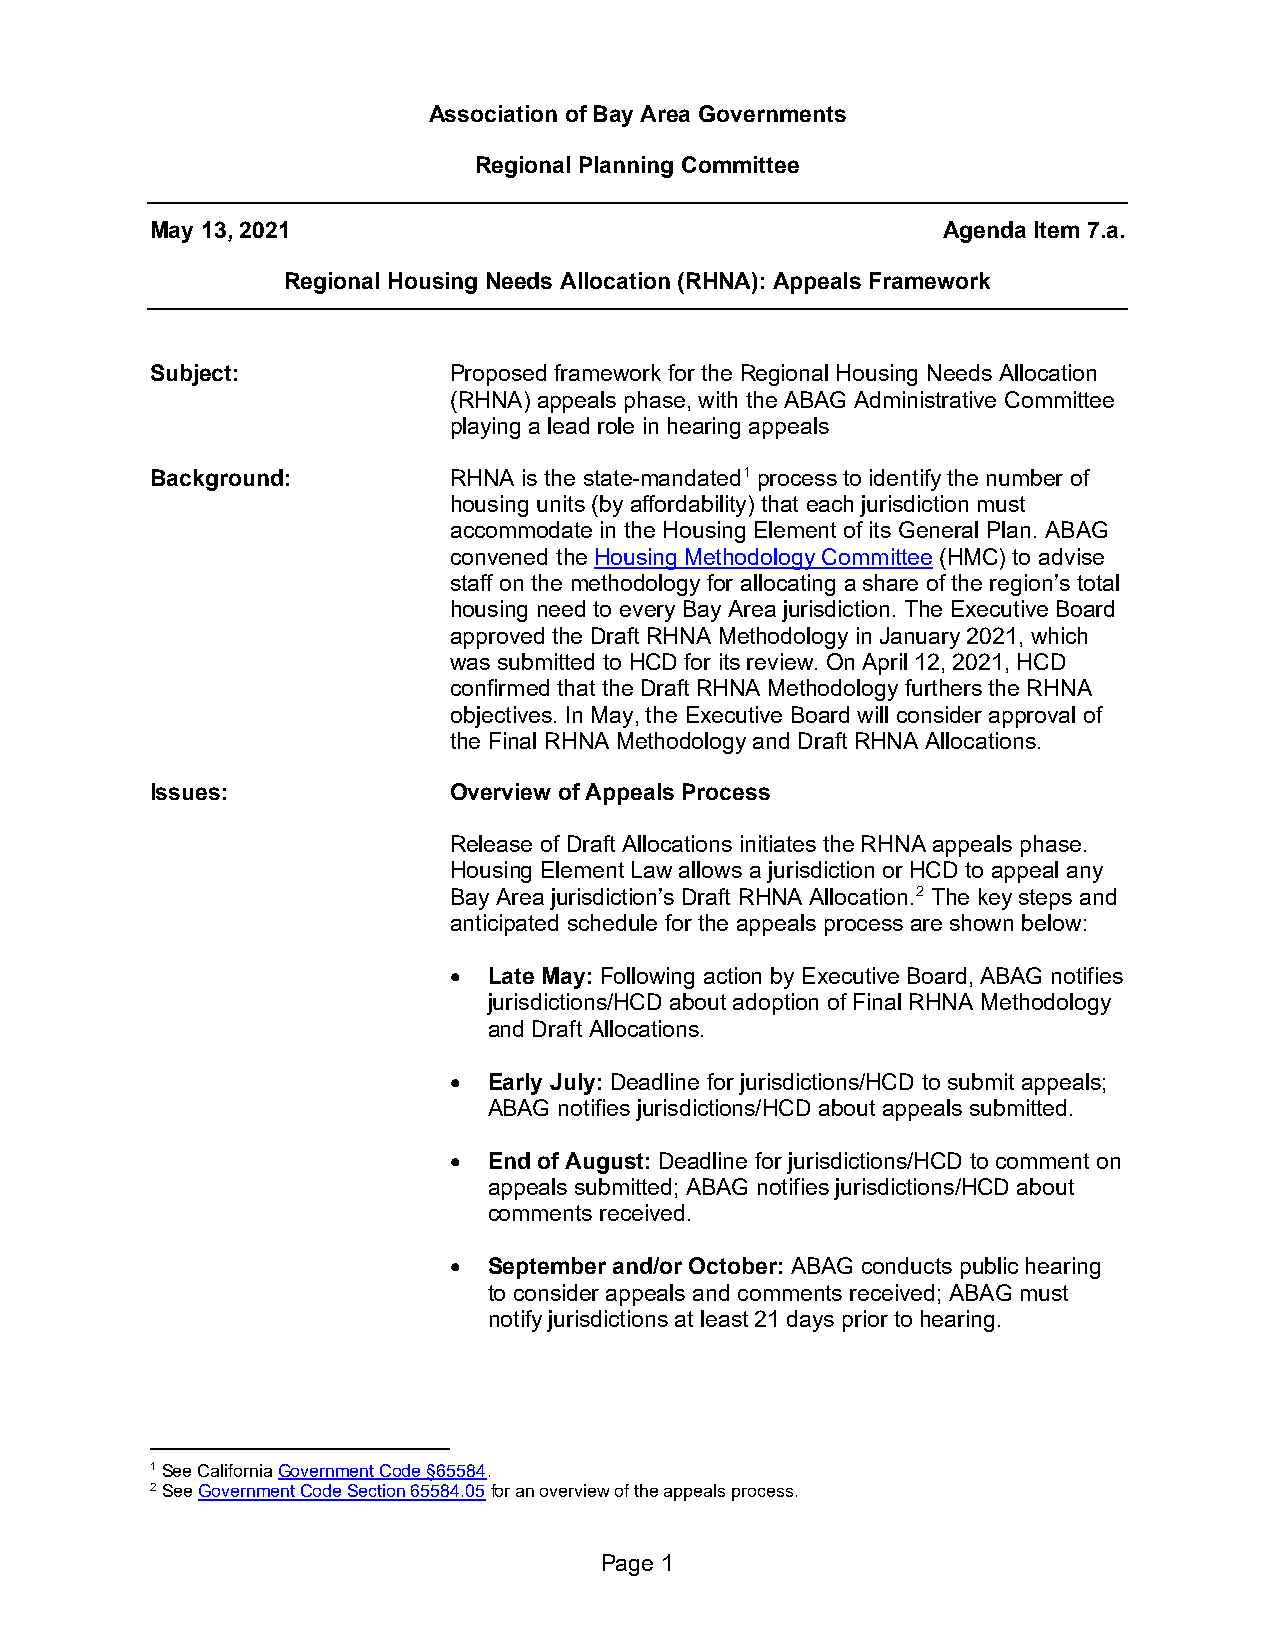
Association of Bay Area Governments
 Regional Planning Committee
 May 13, 2021                                        Agenda Item 7.a.
 Regional Housing Needs Allocation (RHNA): Appeals Framework
 Subject:            Proposed framework for the Regional Housing Needs Allocation
 (RHNA) appeals phase, with the ABAG Administrative Committee
 playing a lead role in hearing appeals
 Background:         RHNA is the state-mandated1 process to identify the number of
 housing units (by affordability) that each jurisdiction must
 accommodate in the Housing Element of its General Plan. ABAG
 convened the Housing Methodology Committee (HMC) to advise
 staff on the methodology for allocating a share of the region’s total
 housing need to every Bay Area jurisdiction. The Executive Board
 approved the Draft RHNA Methodology in January 2021, which
 was submitted to HCD for its review. On April 12, 2021, HCD
 confirmed that the Draft RHNA Methodology furthers the RHNA
 objectives. In May, the Executive Board will consider approval of
 the Final RHNA Methodology and Draft RHNA Allocations.
 Issues:             Overview of Appeals Process
 Release of Draft Allocations initiates the RHNA appeals phase.
 Housing Element Law allows a jurisdiction or HCD to appeal any
 Bay Area jurisdiction’s Draft RHNA Allocation.2 The key steps and
 anticipated schedule for the appeals process are shown below:
 • Late May: Following action by Executive Board, ABAG notifies
 jurisdictions/HCD about adoption of Final RHNA Methodology
 and Draft Allocations.
 • Early July: Deadline for jurisdictions/HCD to submit appeals;
 ABAG notifies jurisdictions/HCD about appeals submitted.
 • End of August: Deadline for jurisdictions/HCD to comment on
 appeals submitted; ABAG notifies jurisdictions/HCD about
 comments received.
 • September and/or October: ABAG conducts public hearing
 to consider appeals and comments received; ABAG must
 notify jurisdictions at least 21 days prior to hearing.
 1 See California Government Code §65584.
 2 See Government Code Section 65584.05 for an overview of the appeals process.
 Page 1